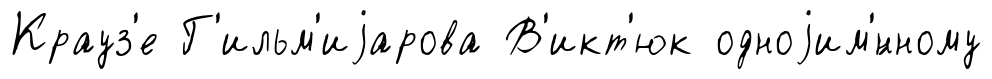
Крауз'е Г'ильм'иjарова В'икт'юк одноjим'́нному